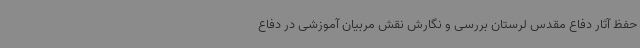
حفظ آثار دفاع مقدس لرستان بررسی و نگارش نقش مربیان آموزشی در دفاع